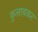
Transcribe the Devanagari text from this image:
कुलाबकर